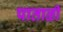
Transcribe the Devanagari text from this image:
पाताळीं